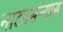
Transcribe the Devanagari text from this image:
नाट्यसंन्यास